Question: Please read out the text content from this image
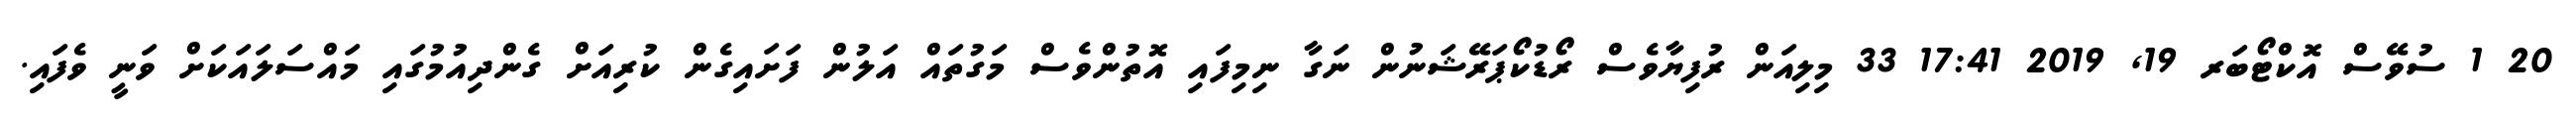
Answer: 20 1 ސުވޭސް އޮކްޓޯބަރ 19, 2019 17:41 33 މިލިއަން ރުފިޔާވެސް ރޯޑުކޯޕަރޭޝަނުން ނަގާ ނިމިފައި އޮތުންވެސް މަގުތައް އަލުން ފަށައިގެން ކުރިއަށް ގެންދިއުމުގައި މައްސަލައަކަށް ވަނީ ވެފައި.